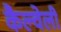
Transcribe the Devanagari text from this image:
कैल्वेली